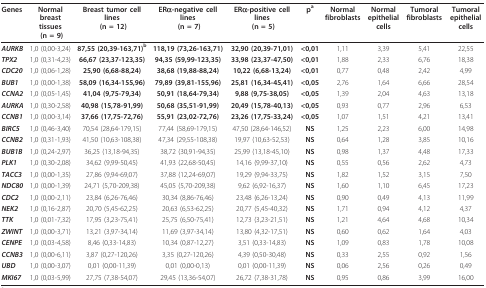
<table><thead><tr><td><b>Genes</b></td><td><b>Normal breast tissues (n = 9)</b></td><td><b>Breast tumor cell lines (n = 12)</b></td><td><b>ERα-negative cell lines (n = 7)</b></td><td><b>ERα-positive cell lines (n = 5)</b></td><td><b>p<sup>a</sup></b></td><td><b>Normal fibroblasts</b></td><td><b>Normal epithelial cells</b></td><td><b>Tumoral fibroblasts</b></td><td><b>Tumoral epithelial cells</b></td></tr></thead><tbody><tr><td><i><b>AURKB</b></i></td><td>1,0 (0,00-3,24)</td><td><b>87,55 (20,39-163,71)<sup>b</sup></b></td><td><b>118,19 (73,26-163,71)</b></td><td><b>32,90 (20,39-71,01)</b></td><td><b>&lt; 0,01</b></td><td>1,11</td><td>3,39</td><td>5,41</td><td>22,55</td></tr><tr><td><i><b>TPX2</b></i></td><td>1,0 (0,31-4,23)</td><td><b>66,67 (23,37-123,35)</b></td><td><b>94,35 (59,99-123,35)</b></td><td><b>33,98 (23,37-47,50)</b></td><td><b>&lt; 0,01</b></td><td>1,88</td><td>2,33</td><td>6,76</td><td>18,38</td></tr><tr><td><i><b>CDC20</b></i></td><td>1,0 (0,06-1,28)</td><td><b>25,90 (6,68-88,24)</b></td><td><b>38,68 (19,88-88,24)</b></td><td><b>10,22 (6,68-13,24)</b></td><td><b>&lt; 0,01</b></td><td>0,77</td><td>0,48</td><td>2,42</td><td>4,99</td></tr><tr><td><i><b>BUB1</b></i></td><td>1,0 (0,00-1,38)</td><td><b>58,09 (16,34-155,96)</b></td><td><b>79,89 (39,81-155,96)</b></td><td><b>25,81 (16,34-45,41)</b></td><td><b>&lt; 0,05</b></td><td>2,76</td><td>1,64</td><td>6,66</td><td>28,54</td></tr><tr><td><i><b>CCNA2</b></i></td><td>1,0 (0,05-1,45)</td><td><b>41,04 (9,75-79,34)</b></td><td><b>50,91 (18,64-79,34)</b></td><td><b>9,88 (9,75-38,05)</b></td><td><b>&lt; 0,05</b></td><td>1,39</td><td>2,04</td><td>4,63</td><td>13,18</td></tr><tr><td><i><b>AURKA</b></i></td><td>1,0 (0,30-2,58)</td><td><b>40,98 (15,78-91,99)</b></td><td><b>50,68 (35,51-91,99)</b></td><td><b>20,49 (15,78-40,13)</b></td><td><b>&lt; 0,05</b></td><td>0,93</td><td>0,77</td><td>2,96</td><td>6,53</td></tr><tr><td><i><b>CCNB1</b></i></td><td>1,0 (0,00-3,14)</td><td><b>37,66 (17,75-72,76)</b></td><td><b>55,91 (23,02-72,76)</b></td><td><b>23,26 (17,75-33,24)</b></td><td><b>&lt; 0,05</b></td><td>1,07</td><td>1,51</td><td>4,21</td><td>13,41</td></tr><tr><td><i><b>BIRC5</b></i></td><td>1,0 (0,46-3,40)</td><td>70,54 (28,64-179,15)</td><td>77,44 (58,69-179,15)</td><td>47,50 (28,64-146,52)</td><td><b>NS</b></td><td>1,25</td><td>2,23</td><td>6,00</td><td>14,98</td></tr><tr><td><i><b>CCNB2</b></i></td><td>1,0 (0,31-1,93)</td><td>41,50 (10,63-108,38)</td><td>47,34 (29,55-108,38)</td><td>19,97 (10,63-52,53)</td><td><b>NS</b></td><td>0,64</td><td>1,28</td><td>3,85</td><td>10,16</td></tr><tr><td><i><b>BUB1B</b></i></td><td>1,0 (0,24-2,97)</td><td>36,25 (13,18-94,35)</td><td>38,72 (30,91-94,35)</td><td>25,99 (13,18-45,10)</td><td><b>NS</b></td><td>0,98</td><td>1,37</td><td>4,48</td><td>17,33</td></tr><tr><td><i><b>PLK1</b></i></td><td>1,0 (0,30-2,08)</td><td>34,62 (9,99-50,45)</td><td>41,93 (22,68-50,45)</td><td>14,16 (9,99-37,10)</td><td><b>NS</b></td><td>0,55</td><td>0,56</td><td>2,62</td><td>4,73</td></tr><tr><td><i><b>TACC3</b></i></td><td>1,0 (0,00-1,35)</td><td>27,86 (9,94-69,07)</td><td>37,88 (12,24-69,07)</td><td>19,29 (9,94-33,75)</td><td><b>NS</b></td><td>1,82</td><td>1,52</td><td>3,15</td><td>7,50</td></tr><tr><td><i><b>NDC80</b></i></td><td>1,0 (0,00-1,39)</td><td>24,71 (5,70-209,38)</td><td>45,05 (5,70-209,38)</td><td>9,62 (6,92-16,37)</td><td><b>NS</b></td><td>1,60</td><td>1,10</td><td>6,45</td><td>17,23</td></tr><tr><td><i><b>CDC2</b></i></td><td>1,0 (0,00-2,11)</td><td>23,84 (6,26-76,46)</td><td>30,34 (8,86-76,46)</td><td>23,48 (6,26-13,24)</td><td><b>NS</b></td><td>0,90</td><td>0,49</td><td>4,13</td><td>11,99</td></tr><tr><td><i><b>NEK2</b></i></td><td>1,0 (0,16-2,87)</td><td>20,70 (5,45-62,25)</td><td>20,63 (6,53-62,25)</td><td>20,77 (5,45-40,32)</td><td><b>NS</b></td><td>1,71</td><td>0,94</td><td>4,12</td><td>4,37</td></tr><tr><td><i><b>TTK</b></i></td><td>1,0 (0,01-7,32)</td><td>17,95 (3,23-75,41)</td><td>25,75 (6,50-75,41)</td><td>12,73 (3,23-21,51)</td><td><b>NS</b></td><td>1,21</td><td>4,64</td><td>4,68</td><td>10,34</td></tr><tr><td><i><b>ZWINT</b></i></td><td>1,0 (0,00-3,71)</td><td>13,21 (3,97-34,14)</td><td>11,69 (3,97-34,14)</td><td>13,80 (4,32-17,51)</td><td><b>NS</b></td><td>0,60</td><td>0,62</td><td>1,64</td><td>4,03</td></tr><tr><td><i><b>CENPE</b></i></td><td>1,0 (0,03-4,58)</td><td>8,46 (0,33-14,83)</td><td>10,34 (0,87-12,27)</td><td>3,51 (0,33-14,83)</td><td><b>NS</b></td><td>1,09</td><td>0,83</td><td>1,78</td><td>10,08</td></tr><tr><td><i><b>CCNB3</b></i></td><td>1,0 (0,00-6,11)</td><td>3,87 (0,27-120,26)</td><td>3,35 (0,27-120,26)</td><td>4,39 (0,50-30,48)</td><td><b>NS</b></td><td>0,33</td><td>2,55</td><td>0,92</td><td>1,56</td></tr><tr><td><i><b>UBD</b></i></td><td>1,0 (0,00-3,07)</td><td>0,01 (0,00-11,39)</td><td>0,01 (0,00-0,13)</td><td>0,01 (0,00-11,39)</td><td><b>NS</b></td><td>0,06</td><td>2,56</td><td>0,26</td><td>0,49</td></tr><tr><td><i><b>MKI67</b></i></td><td>1,0 (0,03-5,99)</td><td>27,75 (7,38-54,07)</td><td>29,45 (13,36-54,07)</td><td>26,72 (7,38-31,78)</td><td><b>NS</b></td><td>0,95</td><td>0,86</td><td>3,99</td><td>16,00</td></tr></tbody></table>